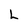
Character: L